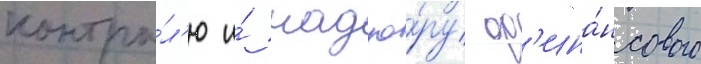
контро́л'ю и́ надзо́ру ф'ина́нсового